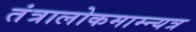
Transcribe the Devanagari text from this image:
तंत्रालोकमाम्न्यत्र